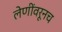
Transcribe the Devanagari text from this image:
लेणींवरूनच